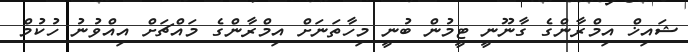
ޝައިޚް އިމްރާންގެ ގާނޫނީ ޓީމުން ބުނީ މިހާތަނަށް އިމްރާންގެ މައްޗަށް އިއްވުނު ހުކުމް